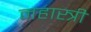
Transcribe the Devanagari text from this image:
महास्त्री